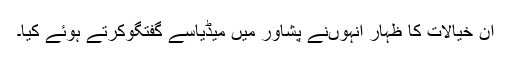
ان خیالات کا ظہار انہوںنے پشاور میں میڈیاسے گفتگوکرتے ہوئے کیا۔